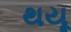
થયૂ